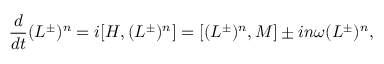
{ \frac { d } { d t } } { ( L ^ { \pm } ) ^ { n } } = i [ { \cal H } , ( L ^ { \pm } ) ^ { n } ] = [ ( L ^ { \pm } ) ^ { n } , { M } ] \pm i n \omega ( L ^ { \pm } ) ^ { n } ,